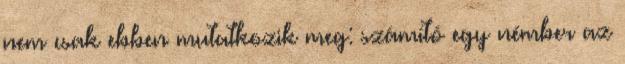
nem csak ebben mutatkozik meg: számító egy némber az